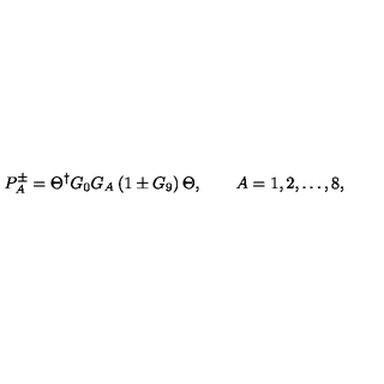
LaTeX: P _ { A } ^ { \pm } = \Theta ^ { \dagger } G _ { 0 } G _ { A } \left( 1 \pm G _ { 9 } \right) \Theta , \qquad A = 1 , 2 , \dots , 8 ,